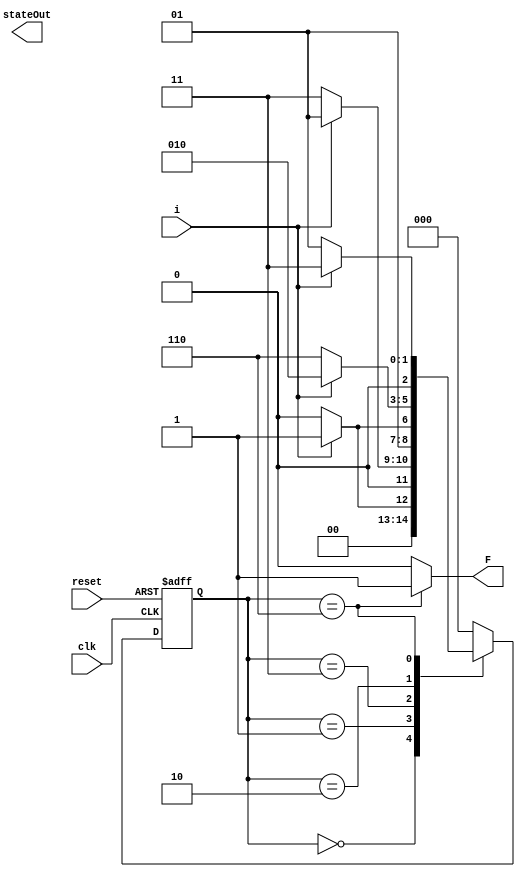
module Lab02 (clk, reset,i, F, stateOut);

input clk;	// clock signal
input reset;	// reset input
input i;	// binary input
output reg [2:0] stateOut;
output reg F; // output of the sequence detector


parameter S0 = 3'b000 // "S0" State
, S1 = 3'b001  // "S1" State
, S2 = 3'b011	// "S2" State
, S3 = 3'b010	// "OnceS0S1" State
, S4 = 3'b110;	// "S4" State


reg [2:0] state, nState;

always @(posedge clk, posedge reset)
begin
	if(reset == 1)
	state <= S0;
	else
	state <= nState;
end

always @(state,i) 
begin
	case(state)
	S0:begin
		if(i == 1)
		nState = S1;
		else
		nState = S0;
	end
	
	S1:begin
		if(i == 0)
		nState = S2;
		else
		nState = S1;
	end
	
	S2:begin
		if(i == 0)
		nState = S3;
		else
		nState = S2;
	end
	
	S3:begin
		if(i==0)
		nState = S4;
		else
		nState = S3;
	end
	
	S4:begin
		if (i == 1)
		nState = S2;
		else
		nState = S1;
	end
default: nState = S0;
endcase
end

always @(state)
begin
	case(state)
	S0: 	F = 0;
	S0: stateOut = 3'b000;
	S1:  F = 0;
	S1: stateOut = 3'b001;
	S2: F=0;
	S2: stateOut = 3'b010;
	S3: F=0;
	S3: stateOut = 3'b011;
	S4: F = 1;
	S4: stateOut = 3'b100;
	
	default: F = 0;
	endcase
end
endmodule